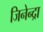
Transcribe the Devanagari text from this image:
जिनेन्द्रा